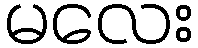
မလေး